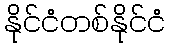
နိုင်ငံတစ်နိုင်ငံ